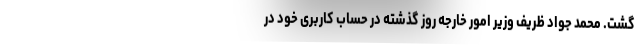
گشت. محمد جواد ظریف وزیر امور خارجه روز گذشته در حساب کاربری خود در